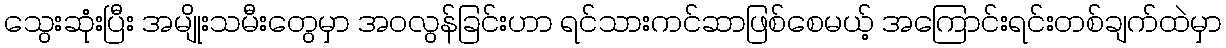
သွေးဆုံးပြီး အမျိုးသမီးတွေမှာ အဝလွန်ခြင်းဟာ ရင်သားကင်ဆာဖြစ်စေမယ့် အကြောင်းရင်းတစ်ချက်ထဲမှာ